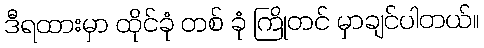
ဒီရထားမှာ ထိုင်ခုံ တစ် ခုံ ကြိုတင် မှာချင်ပါတယ်။